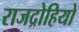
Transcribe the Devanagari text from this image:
राजद्रोहियो